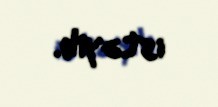
istəyib.